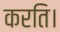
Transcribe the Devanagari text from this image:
करति।